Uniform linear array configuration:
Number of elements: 16
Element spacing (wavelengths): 1
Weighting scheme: hann
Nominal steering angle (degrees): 45
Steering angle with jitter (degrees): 45.281
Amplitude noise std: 0.05
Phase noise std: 0.05

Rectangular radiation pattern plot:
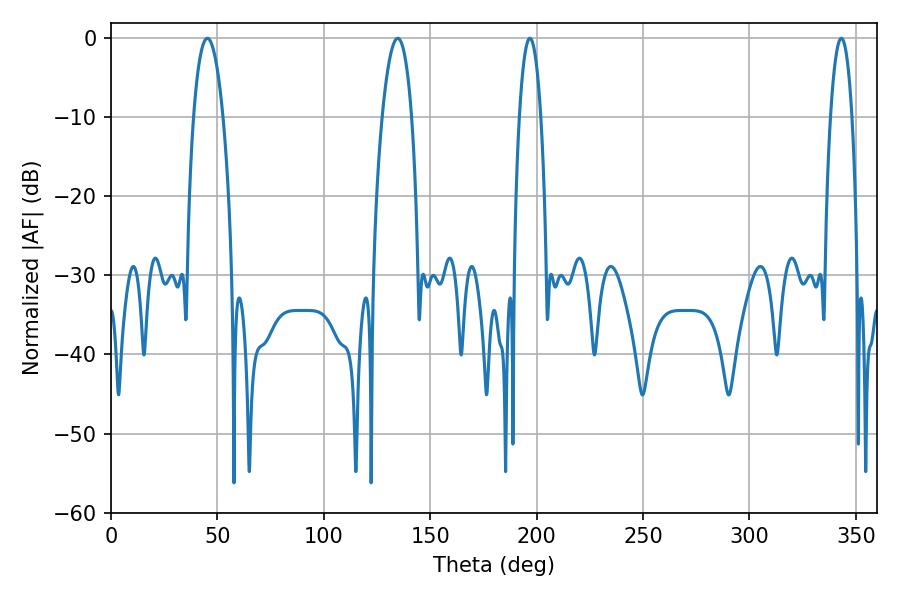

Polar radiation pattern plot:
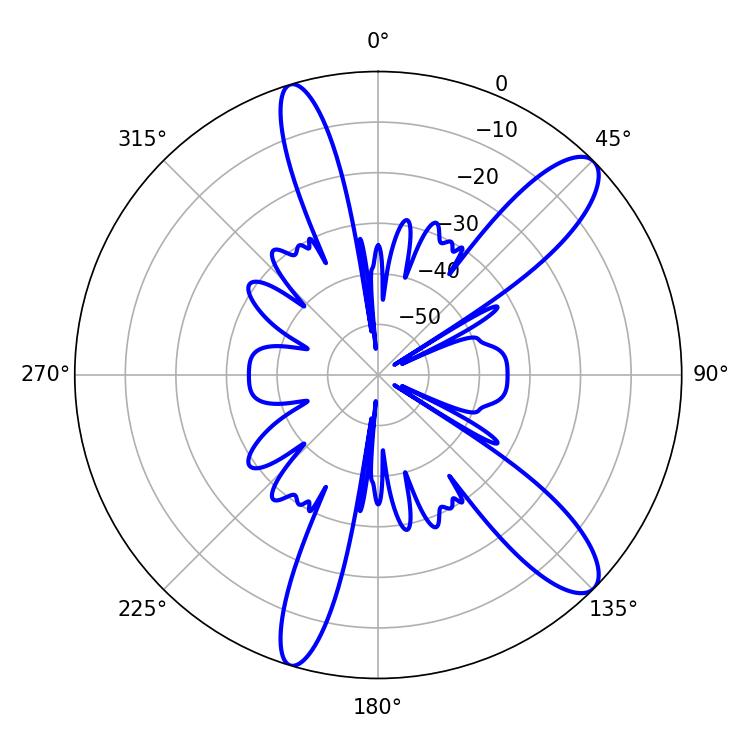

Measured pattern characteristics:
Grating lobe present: TRUE
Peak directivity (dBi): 11.443
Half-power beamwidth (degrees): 7.74
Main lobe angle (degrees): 45.36